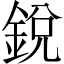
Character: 銳